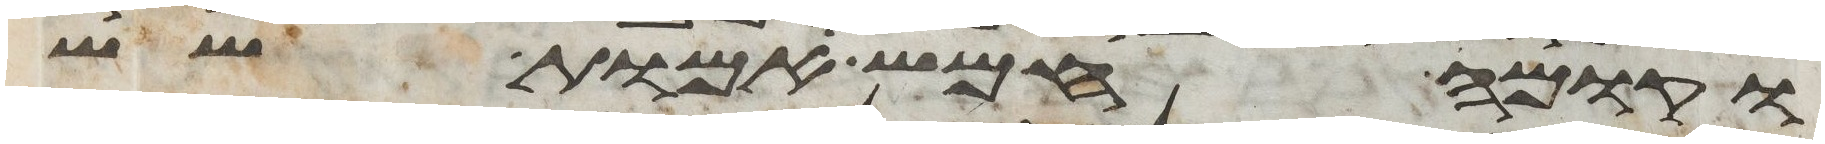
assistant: וקומה חמש אמות שש